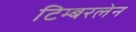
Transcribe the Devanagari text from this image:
टिम्बरलेन